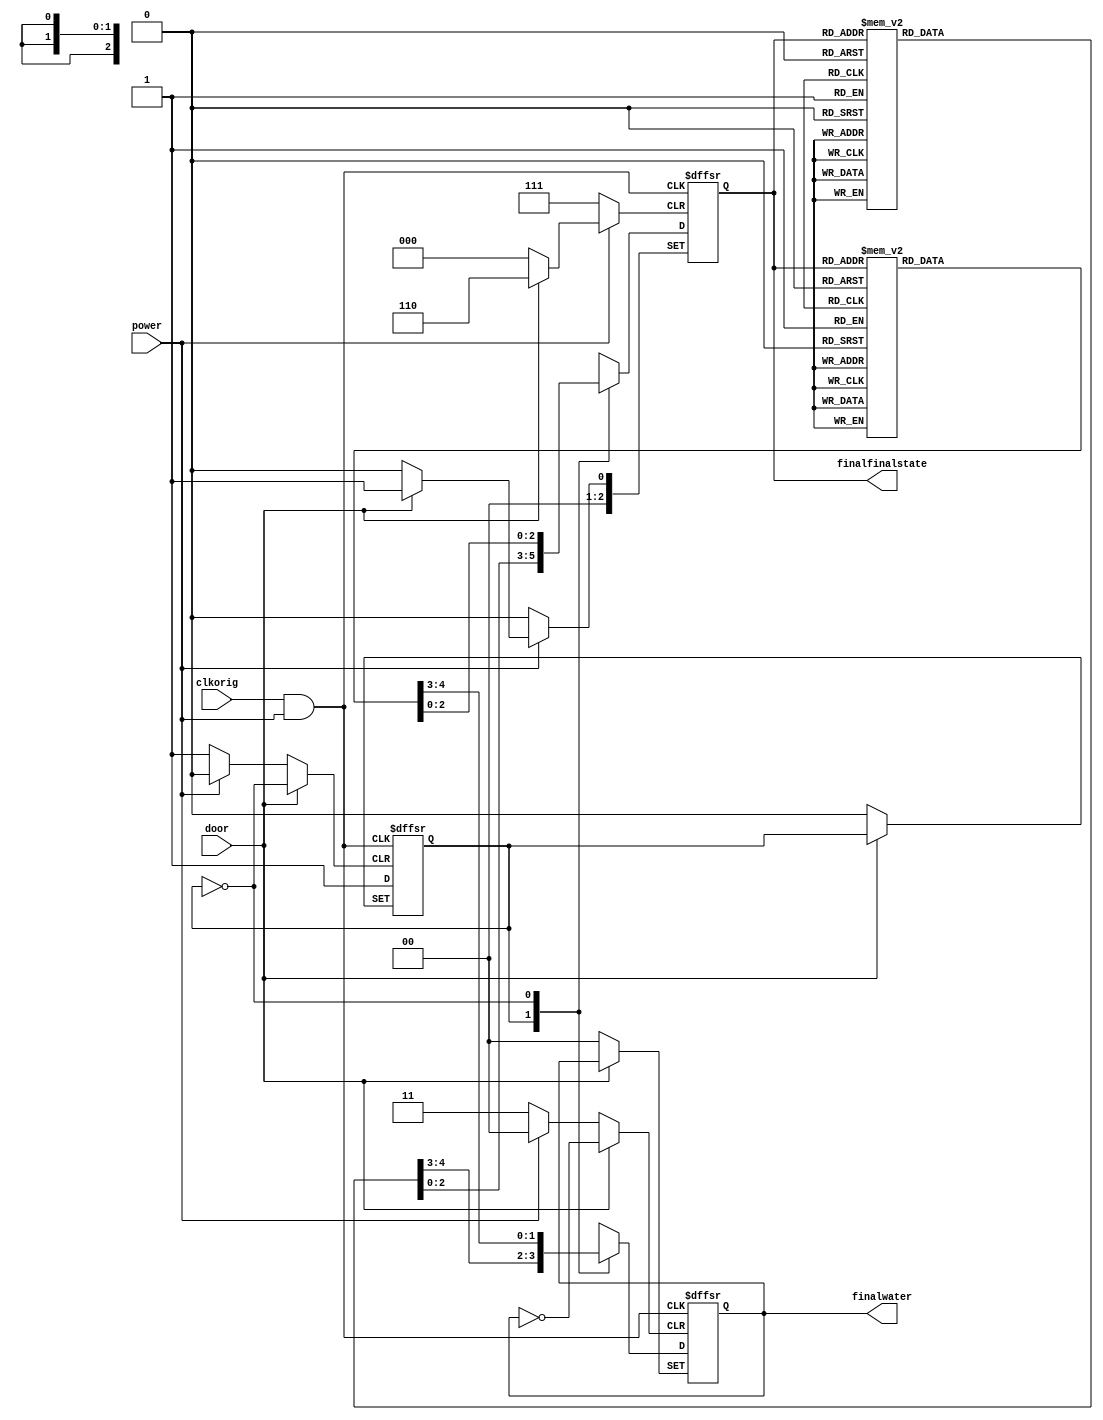
`timescale 1ns/1ns
module washing_machine(clkorig, finalwater, finalfinalstate,power, door);

	input  power, clkorig, door;
	output reg[2:0]  finalfinalstate;
	reg[2:0] currentstate;
	reg increment;
	wire clk, door;
	// MSB = hot water, LSB = cold water
	output reg[1:0]  finalwater;
	reg[1:0] currentwater;

	//Off = 000s
	//Idle = 001
	//Wash_fill = 010
	//Wash_agitate = 011
	//Wash_spin = 100
	//Rinse_fill = 101
	//Rinse_agitate = 110
	//Rinse_spin = 111

	localparam Off = 3'h0;
	localparam Idle = 3'h1;
	localparam Wash_fill = 3'h2;
	localparam Wash_agitate = 3'h3;
	localparam Wash_spin = 3'h4;
	localparam Rinse_fill = 3'h5;
	localparam Rinse_agitate = 3'h6;
	localparam Rinse_spin = 3'h7;

	assign clk = clkorig&power;

	always@(posedge clk or negedge power or posedge door) begin// or negedge power or posedge door or posedge (~door))
		if(~power) begin
			increment <= 1'b0;
			finalfinalstate <= Off;
			finalwater <= 2'h0;
		end
		
		else begin
			if(door == 1'b0) begin
				case (increment)
					1'b1: begin
							case (finalfinalstate)
								Off: begin currentstate = Idle; currentwater = 2'h0; end
								Idle: begin currentstate = Wash_fill; currentwater = 2'h2; end
								Wash_fill: begin currentstate = Wash_agitate; currentwater = 2'h2; end
								Wash_agitate: begin currentstate = Wash_spin; currentwater = 2'h2; end
								Wash_spin: begin currentstate = Rinse_fill; currentwater = 2'h1; end
								Rinse_fill: begin currentstate = Rinse_agitate; currentwater = 2'h1; end 
								Rinse_agitate: begin currentstate = Rinse_spin; currentwater = 2'h1; end
								Rinse_spin: begin currentstate = Idle; currentwater = 2'h0; end
								default: begin currentstate = Idle; currentwater = 2'h0; end
							endcase
						end
					1'b0: begin
							case (finalfinalstate)
							  Off: begin currentstate = Idle; currentwater = 2'h0; end
								Idle: begin currentstate = Idle; currentwater = 2'h0; end
								Wash_fill: begin currentstate = Wash_fill; currentwater = 2'h2; end
								Wash_agitate: begin currentstate = Wash_agitate; currentwater = 2'h2; end
								Wash_spin: begin currentstate = Wash_spin; currentwater = 2'h2; end
								Rinse_fill: begin currentstate = Rinse_fill; currentwater = 2'h1; end
								Rinse_agitate: begin currentstate = Rinse_agitate; currentwater = 2'h1; end
								Rinse_spin: begin currentstate = Rinse_spin; currentwater = 2'h1; end
								default: begin currentstate = Idle; currentwater = 2'h0; end
							endcase
						end
					default: begin end
				endcase
				finalfinalstate <= currentstate;
				finalwater <= currentwater;
				increment <= 1'b1;
			end
			
			else begin
				finalfinalstate <= Idle;
			end
		end
	end
endmodule